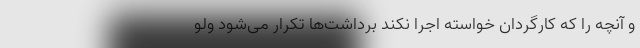
و آنچه را که کارگردان خواسته اجرا نکند برداشت‌ها تکرار می‌شود ولو